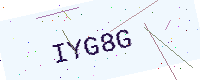
Text: IYG8G